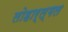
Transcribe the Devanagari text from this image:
लोहार्ल्गल